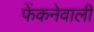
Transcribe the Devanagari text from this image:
फेंकनेवाली